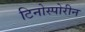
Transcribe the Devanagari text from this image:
टिनोस्पोरीन